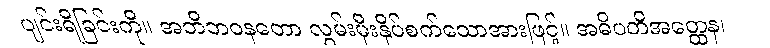
ပျင်းရိခြင်းကို။ အဘိဘဝနတော လွှမ်းမိုးနှိပ်စက်သောအားဖြင့်။ အဓိပတိအတ္ထေန၊